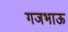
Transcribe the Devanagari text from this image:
गजभाऊ